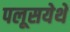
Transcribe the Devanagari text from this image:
पलूसयेथे